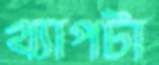
খ্যাপটা